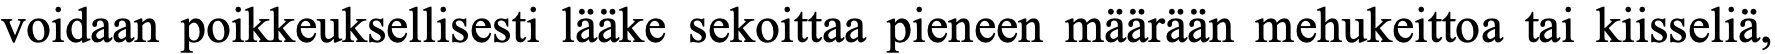
voidaan poikkeuksellisesti lääke sekoittaa pieneen määrään mehukeittoa tai kiisseliä,